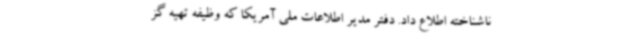
ناشناخته اطلاع داد. دفتر مدیر اطلاعات ملی آمریکا که وظیفه تهیه گز